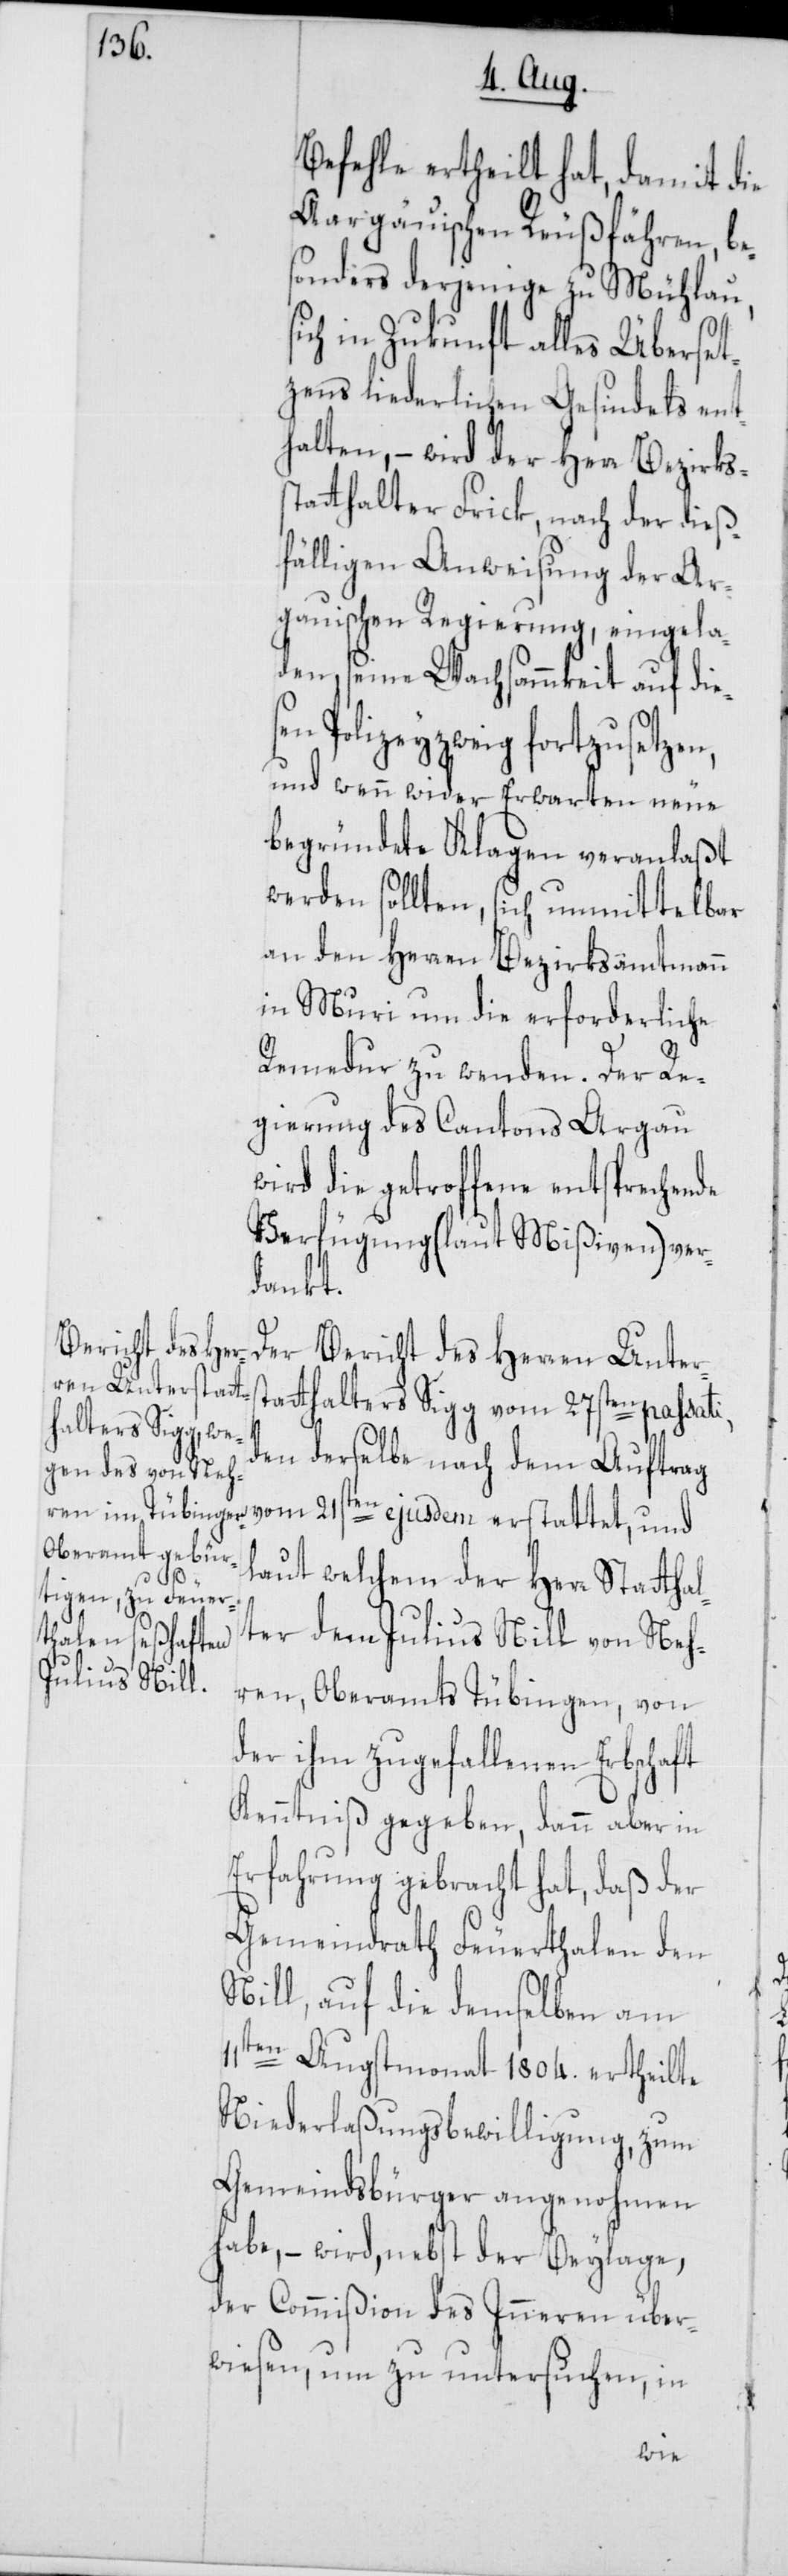
Befehle ertheilt hat, damit die
Aargauischen Reußfähren, be¬
sonders derjenige zu Mühlau,
in Zukunft alles Überset¬
zens liederlichen Gesindels ent¬
halten, – wird der Herr Bezirkss¬
tatthalter Frick, nach der dieß¬
fälligen Anweisung der Ar¬
gauischen Regierung, eingela¬
den, seine Wachsammkeit auf dies¬
en Polizeyzweig fortzusetzen,
und wenn wider Erwarten neue
begründete Klagen veranlaßt
werden sollten, sich unmittelbar
an den Herren Bezirksamtmann
in Muri um die erforderliche
Remedur zu wenden. Der Re¬
gierung des Cantons Argau
wird die getroffene entsprechende
Verfügung (laut Mißiven) ver¬
dankt.
Der Bericht des Herren Unters¬
tatthalters Sigg vom 27sten passati,
den derselbe nach dem Auftrag
vom 21sten ejusdem erstattet, und
laut welchem der Herr Stattha¬
lter dem Julius Nill von Neh¬
ren, Oberamts Tübingen, von
der ihm zugefallenen Erbschaft
Kenntniß gegeben, dann aber in
Erfahrung gebracht hat, daß der
Gemeindrath Feuerthalen den
Nill, auf die demsleben am
11ten Augstmonat 1804. ertheilte
Niederlaßungsbewilligung, zum
Gemeindsbürger aufgenohmen
habe, – wird, nebst der Beylage,
der Commißion des Inneren über¬
wiesen, um zu untersuchen, in